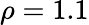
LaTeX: \rho=1.1